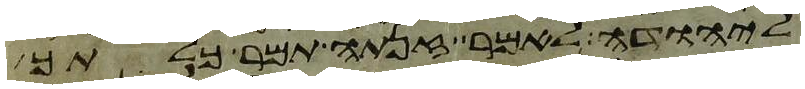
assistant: ליהודה לאמר זנתה תמר כלתך